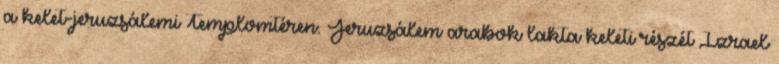
a kelet-jeruzsálemi Templomtéren. Jeruzsálem arabok lakta keleti részét Izrael